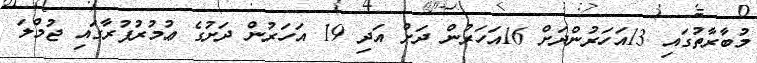
މުބާރާތުގައި 13އަހަރުންދަށް 16އަހަރުން ދަށް އަދި 19 އަހަރުން ދަށުގެ ޢުމުރުފުރާގައި ޖުމްލަ